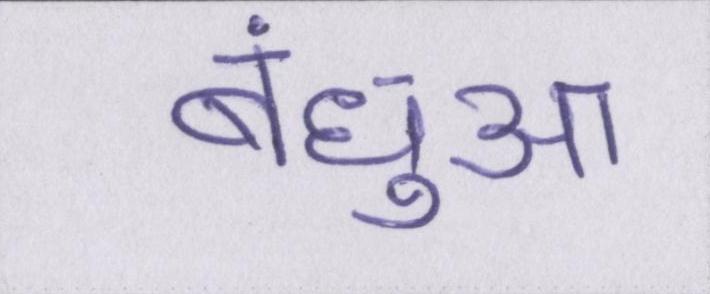
बंधुआ